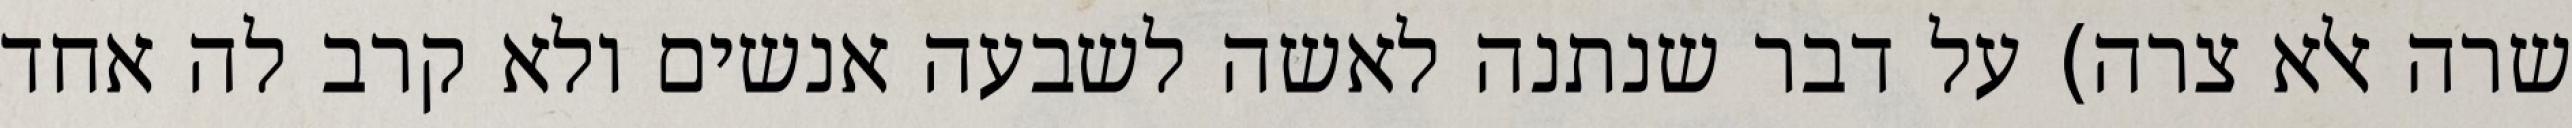
שרה אלא צרה) על דבר שנתנה לאשה לשבעה אנשים ולא קרב לה אחד